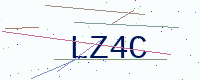
Text: LZ4C